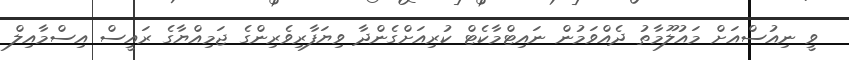
ވީ ނިއުސްއަށް މައުލޫމާތު ދެއްވަމުން ނައިޓްމާކެޓް ކުރިއަށްގެންދާ ވިޔަފާރިވެރިންގެ ޖަމިއްޔާގެ ރައީސް އިސްމާއިލް